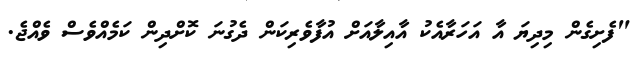
"ފެށިގެން މިދިޔަ އާ އަހަރާއެކު އާއިލާއަށް އުފާވެރިކަން ދެގުނަ ކޮށްދިން ކަމެއްވެސް ވެއްޖެ.